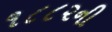
૧૮૮૨ની